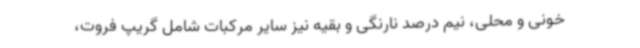
خونی و محلی، نیم درصد نارنگی و بقیه نیز سایر مرکبات شامل گریپ فروت،